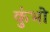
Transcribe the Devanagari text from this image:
कुंभो